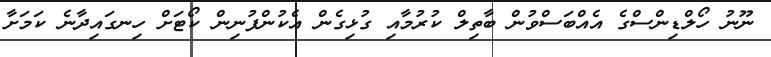
ނޫނު ހޯލްޑިންސްގެ އެއްބަސްވުން ބާތިލް ކުރުމާއި ގުޅިގެން އެކުންފުނިން ކޯޓަށް ހިނގައިދާނެ ކަމަށާ